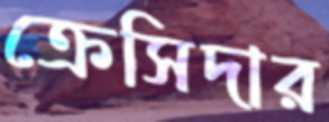
ক্রেসিদার